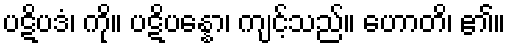
ပဋိပဒံ၊ ကို။ ပဋိပန္နော၊ ကျင့်သည်။ ဟောတိ၊ ၏။